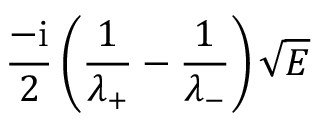
\frac { - \mathrm { i } } { 2 } \left( \frac { 1 } { \lambda _ { + } } - \frac { 1 } { \lambda _ { - } } \right) \sqrt { E }